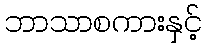
ဘာသာစကားနှင့်